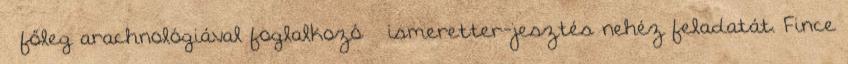
– főleg arachnológiával foglalkozó – ismeretter-jesztés nehéz feladatát. Fince